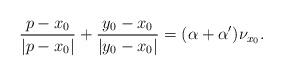
LaTeX: \begin{align*}\displaystyle\frac{p-x_0}{\vert p-x_0\vert}+\frac{y_0-x_0}{\vert y_0-x_0\vert}=(\alpha+\alpha')\nu_{x_0}.\end{align*}